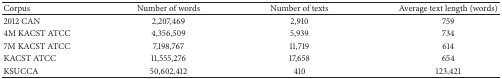
<table><thead><tr><td><b>Corpus</b></td><td><b>Number of words</b></td><td><b>Number of texts</b></td><td><b>Average text length (words)</b></td></tr></thead><tbody><tr><td>2012 CAN</td><td>2,207,469</td><td>2,910</td><td>759</td></tr><tr><td>4M KACST ATCC</td><td>4,356,509</td><td>5,939</td><td>734</td></tr><tr><td>7M KACST ATCC</td><td>7,198,767</td><td>11,719</td><td>614</td></tr><tr><td>KACST ATCC</td><td>11,555,276</td><td>17,658</td><td>654</td></tr><tr><td>KSUCCA</td><td>50,602,412</td><td>410</td><td>123,421</td></tr></tbody></table>